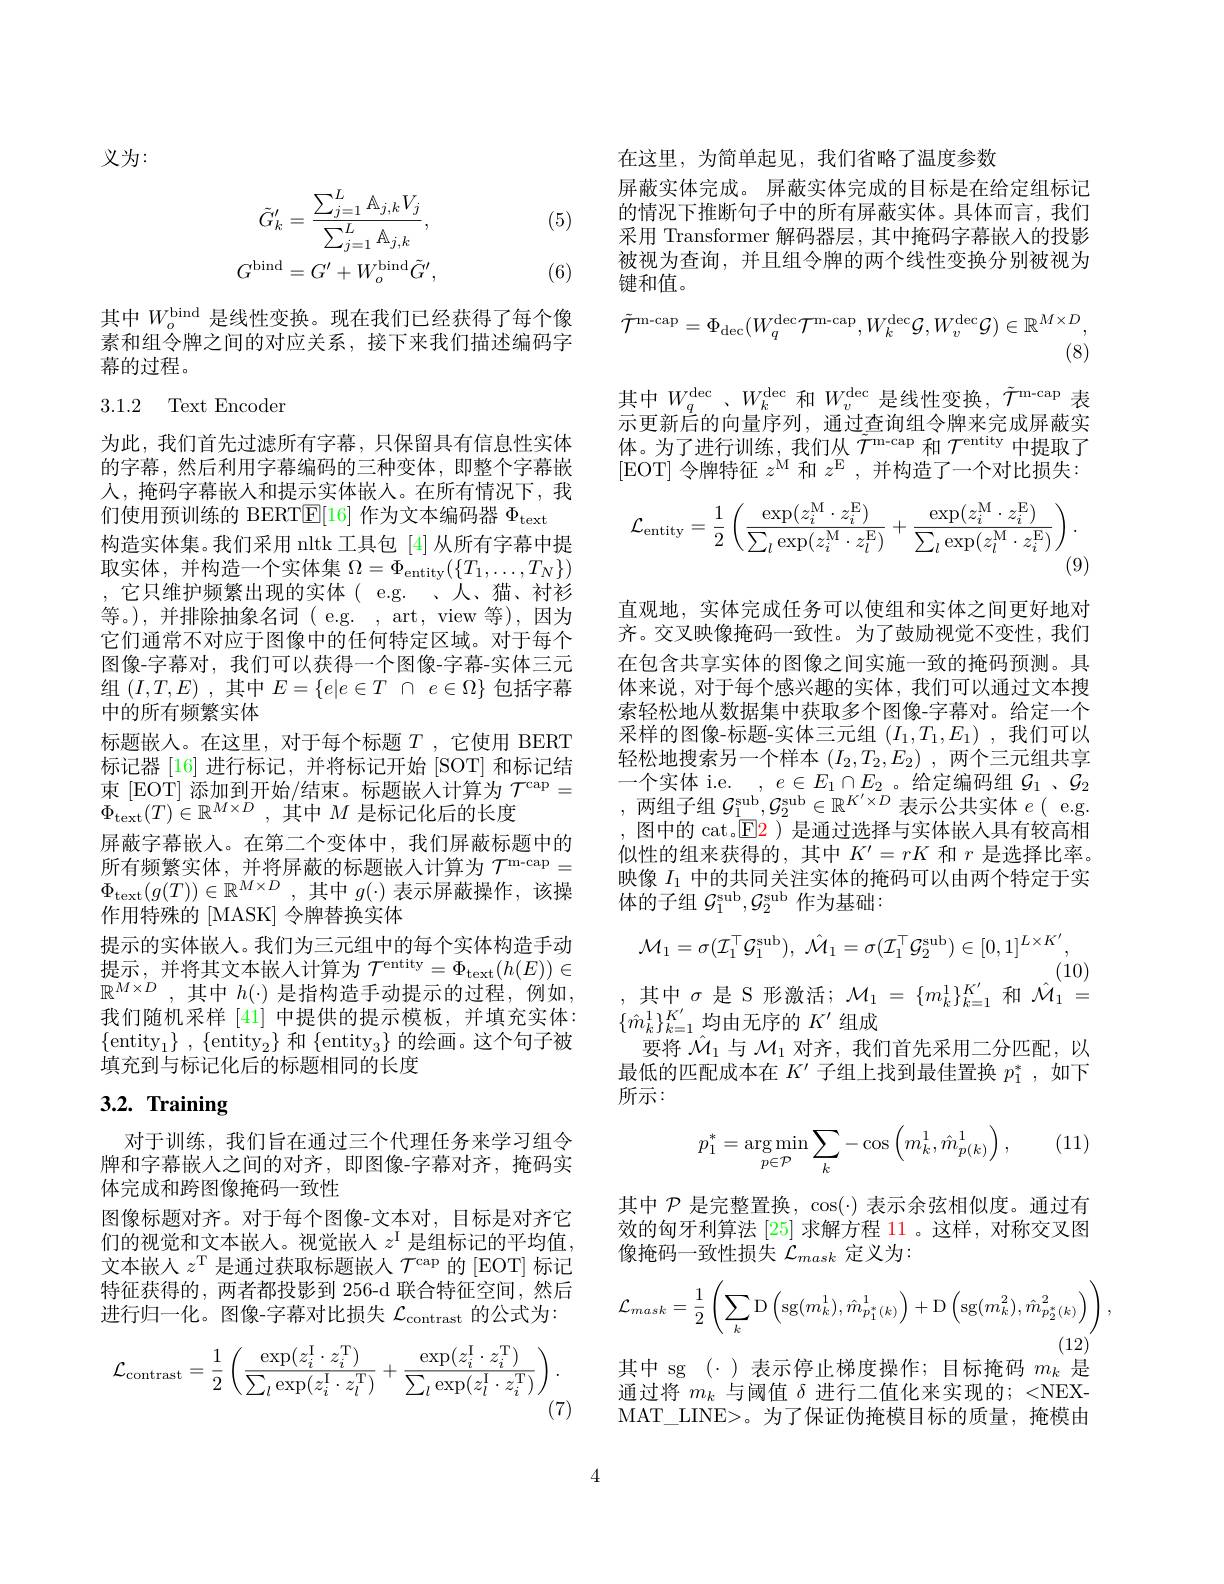
义为：

(5)
$$\tilde{G}_{k}^{\prime}=\frac{\sum_{j=1}^{L}\mathbb{A}_{j,k}V_{j}}{\sum_{j=1}^{L}\mathbb{A}_{j,k}},\\G^{\mathrm{bind}}=G^{\prime}+W_{o}^{\mathrm{bind}}\tilde{G}^{\prime},$$
(6)

其中$W_{o}^\mathrm{bind}$是线性变换。现在我们已经获得了每个像素和组令牌之间的对应关系，接下来我们描述编码字幕的过程。

3.1.2 Text Encoder

为此，我们首先过滤所有字幕，只保留具有信息性实体的字幕，然后利用字幕编码的三种变体，即整个字幕嵌人，掩码字幕嵌入和提示实体嵌入。在所有情况下，我们使用预训练的 BERT$\mathbb{E}[16]$作为文本编码器$\Phi_\mathrm{text}$
构造实体集。我们采用 nltk 工具包 [4] 从所有字幕中提取实体，并构造一个实体集$\Omega=\Phi_{\mathrm{entity}}(\{T_1,\ldots,T_N\})$ ,它只维护频繁出现的实体( e.g. 、人、猫、衬衫等。),并排除抽象名词(e.g.,art,view等),因为它们通常不对应于图像中的任何特定区域。对于每个图像-字幕对，我们可以获得一个图像-字幕-实体三元组$(I,T,E)$ ,其中$E= \{ e| e\in T$ $\cap$ $e\in \Omega \}$包括字幕中的所有频繁实体
标题嵌人。在这里，对于每个标题$T$ ,它使用 BERT 标记器 [16] 进行标记，并将标记开始 [SOT] 和标记结束[EOT] 添加到开始/结束。标题嵌人计算为$\mathcal{T}^\mathrm{cap}=$ $\Phi_{\mathrm{text}}(T)\in\mathbb{R}^{M\times D}$,其中$M$ 是标记化后的长度
屏蔽字幕嵌入。在第二个变体中，我们屏蔽标题中的所有频繁实体，并将屏蔽的标题嵌入计算为$\mathcal{T}^\mathrm{m-cap}=$ $\Phi _{\mathrm{text}}( g( T) ) \in \mathbb{R} ^{M\times D}$ ,其中$g(\cdot)$表示屏蔽操作，该操作用特殊的 [MASK] 令牌替换实体
提示的实体嵌人。我们为三元组中的每个实体构造手动提示，并将其文本嵌人计算为$\mathcal{T}^\mathrm{entity}=\Phi_\mathrm{text}(h(E))\in$ $\mathbb{R} ^{M\times D}$ , 其中 $h( \cdot )$ 是指构造手动提示的过程，例如， 我们随机采样 [41] 中提供的提示模板，并填充实体： $\{ \mathrm{entity}_{1}\}$ , $\{ \mathrm{entity}_{2}\}$和$\{\mathrm{entity}_{3}\}$的绘画。这个句子被填充到与标记化后的标题相同的长度

# 3.2. Training

对于训练，我们旨在通过三个代理任务来学习组令牌和字幕嵌人之间的对齐，即图像-字幕对齐，掩码实体完成和跨图像掩码一致性
图像标题对齐。对于每个图像-文本对，目标是对齐它们的视觉和文本嵌人。视觉嵌人$z^\mathrm{I}$是组标记的平均值， 文本嵌人$z^\mathrm{T}$是通过获取标题嵌人$\mathcal{T}^\mathrm{cap}$的[EOT]标记特征获得的，两者都投影到 256-d 联合特征空间，然后进行归一化。图像-字幕对比损失$\mathcal{L}_\mathrm{contrast}$的公式为：
$$\mathcal{L}_{\mathrm{contrast}}=\frac{1}{2}\left(\frac{\exp(z_{i}^{\mathrm{I}}\cdot z_{i}^{\mathrm{T}})}{\sum_{l}\exp(z_{i}^{\mathrm{I}}\cdot z_{l}^{\mathrm{T}})}+\frac{\exp(z_{i}^{\mathrm{I}}\cdot z_{i}^{\mathrm{T}})}{\sum_{l}\exp(z_{l}^{\mathrm{I}}\cdot z_{i}^{\mathrm{T}})}\right).$$
(7)

在这里，为简单起见，我们省略了温度参数
屏蔽实体完成。屏蔽实体完成的目标是在给定组标记的情况下推断句子中的所有屏蔽实体。具体而言，我们采用 Transformer 解码器层，其中掩码字幕嵌入的投影被视为查询，并且组令牌的两个线性变换分别被视为键和值。
$$\tilde{\mathcal T}^{\mathrm{m-cap}}=\Phi_{\mathrm{dec}}(W_{q}^{\mathrm{dec}}\mathcal T^{\mathrm{m-cap}},W_{k}^{\mathrm{dec}}\mathcal G,W_{v}^{\mathrm{dec}}\mathcal G)\in\mathbb{R}^{M\times D}$$
(8)

其中$W_q^\mathrm{dec}$ 、$W_k^\mathrm{dec}$和$W_v^\mathrm{dec}$是线性变换，$\tilde{\mathcal{T}}^\mathrm{m-cap}$表示更新后的向量序列，通过查询组令牌来完成屏蔽实体。为了进行训练，我们从$\tilde{\mathcal{T}}^\mathrm{m-cap}$和$\mathcal{T}^\mathrm{entity}$中提取了[EOT]令牌特征$z^\mathrm{M}$和$z^\mathrm{E}$,并构造了一个对比损失：
$$\mathcal{L}_{\mathrm{entity}}=\frac{1}{2}\left(\frac{\exp(z_{i}^{\mathrm{M}}\cdot z_{i}^{\mathrm{E}})}{\sum_{l}\exp(z_{i}^{\mathrm{M}}\cdot z_{l}^{\mathrm{E}})}+\frac{\exp(z_{i}^{\mathrm{M}}\cdot z_{i}^{\mathrm{E}})}{\sum_{l}\exp(z_{l}^{\mathrm{M}}\cdot z_{i}^{\mathrm{E}})}\right).$$
直观地，实体完成任务可以使组和实体之间更好地对齐。交叉映像掩码一致性。为了鼓励视觉不变性，我们在包含共享实体的图像之间实施一致的掩码预测。具体来说，对于每个感兴趣的实体，我们可以通过文本搜索轻松地从数据集中获取多个图像-字幕对。给定一个采样的图像-标题-实体三元组$(I_1,T_1,E_1)$,我们可以轻松地搜索另一个样本$\left(I_2,T_2,E_2\right)$,两个三元组共享一个实体 i.e. $,e\in E_1\cap E_2$ 。给定编码组$\mathcal{G}_1$ 、$\mathcal{G}_2$ ,两组子组$\mathcal{G}_1^\mathrm{sub},\mathcal{G}_2^\mathrm{sub}\in\mathbb{R}^{K^{\prime}\times D}$表示公共实体$e($ e.g. 图中的 cat.$\mathsf{E}$2)是通过选择与实体嵌入具有较高相似性的组来获得的，其中$K^\prime=rK$和$r$是选择比率。映像$I_1$中的共同关注实体的掩码可以由两个特定于实体的子组$\mathcal{G}_1^\mathrm{sub},\mathcal{G}_2^\mathrm{sub}$作为基础：
$$\mathcal{M}_{1}=\sigma(\mathcal{I}_{1}^{\top}\mathcal{G}_{1}^{\mathrm{sub}}),\:\hat{\mathcal{M}}_{1}=\sigma(\mathcal{I}_{1}^{\top}\mathcal{G}_{2}^{\mathrm{sub}})\in[0,1]^{L\times K^{\prime}},$$
(10)

,其中$\sigma$是S形激活$;\mathcal{M}_1=\{m_k^1\}_{k=1}^K^{\prime}$和$\hat{\mathcal{M}}_1=$

$\{\hat{m}_k^1\}_{k=1}^{K^{\prime}}$均由无序的 $K^\prime$ 组成
要将$\hat{\mathcal{M}}_1$与$\mathcal{M}_1$对齐，我们首先采用二分匹配，以最低的匹配成本在$K^{\prime}$子组上找到最佳置换$p_1^*$,如下所示：

(11)
$$p_1^*=\underset{p\in\mathcal{P}}{\arg\min}\sum_k-\cos\left(m_k^1,\hat{m}_{p(k)}^1\right),$$
其中$\mathcal{P}$是完整置换，$\cos(\cdot)$表示余弦相似度。通过有效的匈牙利算法[25]求解方程 11 。这样，对称交叉图像掩码一致性损失$\mathcal{L}_mask$定义为
$$\mathcal{L}_{mask}=\frac{1}{2}\left(\sum_{k}\mathrm D\left(\mathrm sg(m_{k}^{1}),\hat{m}_{p_{1}^{*}(k)}^{1}\right)+\mathrm D\left(\mathrm sg(m_{k}^{2}),\hat{m}_{p_{2}^{*}(k)}^{2}\right)\right),$$
其中 sg (·)表示停止梯度操作；目标掩码$m_k$是通过将$m_k$与阈值$\delta$进行二值化来实现的；<NEXMAT\_LINE>。为了保证伪掩模目标的质量，掩模由

4